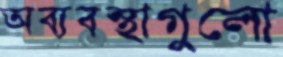
অব্যবস্থাগুলো